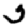
Digit: 5